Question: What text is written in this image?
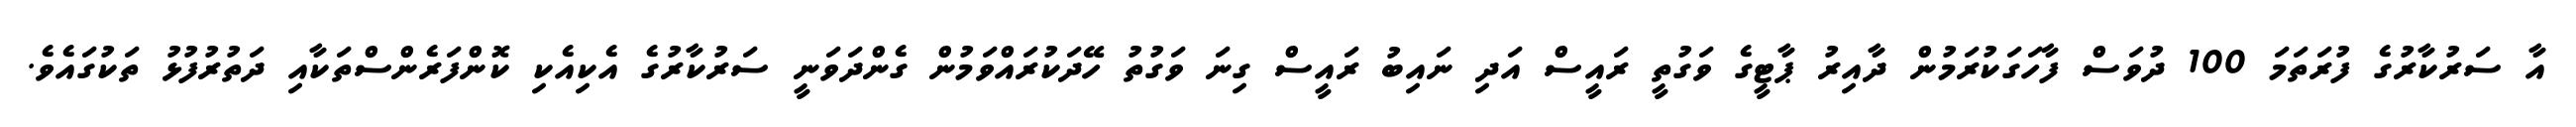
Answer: އާ ސަރުކާރުގެ ފުރަތަމަ 100 ދުވަސް ފާހަގަކުރަމުން ދާއިރު ޕާޓީގެ ވަގުތީ ރައީސް އަދި ނައިބު ރައީސް ގިނަ ވަގުތު ހޭދަކުރައްވަމުން ގެންދަވަނީ ސަރުކާރުގެ އެކިއެކި ކޮންފަރެންސްތަކާއި ދަތުރުފުޅު ތަކުގައެވެ.